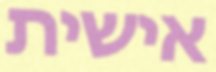
אישית